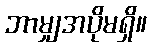
ဘာမျှအပိုမရှိ။